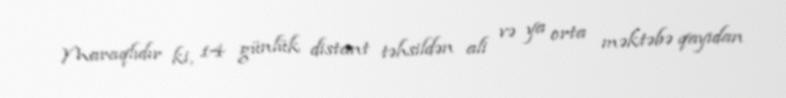
Maraqlıdır ki, 14 günlük distant təhsildən ali və ya orta məktəbə qayıdan